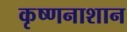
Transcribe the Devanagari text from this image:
कृष्णनाशान